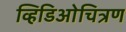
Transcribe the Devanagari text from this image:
व्हिडिओचित्रण